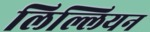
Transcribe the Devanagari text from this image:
लिल्लियन